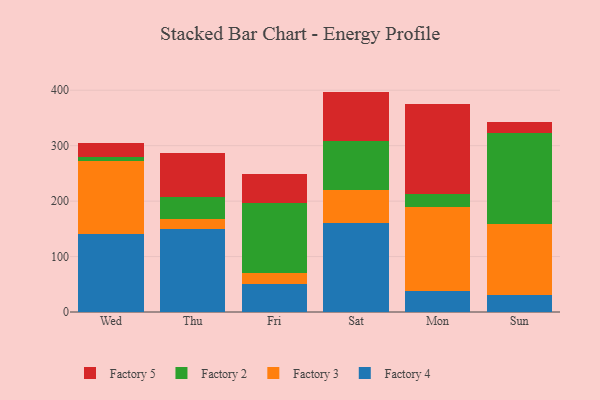
{"axis": {"x": "Day", "y": "Energy Usage (MWh)"}, "legend": ["Factory 2", "Factory 3", "Factory 4", "Factory 5"], "data": [{"x": "Wed", "y": 141.3, "type": "Factory 4"}, {"x": "Wed", "y": 130.6, "type": "Factory 3"}, {"x": "Wed", "y": 7.3, "type": "Factory 2"}, {"x": "Wed", "y": 25.6, "type": "Factory 5"}, {"x": "Thu", "y": 148.9, "type": "Factory 4"}, {"x": "Thu", "y": 19.5, "type": "Factory 3"}, {"x": "Thu", "y": 38.7, "type": "Factory 2"}, {"x": "Thu", "y": 79.6, "type": "Factory 5"}, {"x": "Fri", "y": 51.3, "type": "Factory 4"}, {"x": "Fri", "y": 19.9, "type": "Factory 3"}, {"x": "Fri", "y": 126.1, "type": "Factory 2"}, {"x": "Fri", "y": 51.0, "type": "Factory 5"}, {"x": "Sat", "y": 159.8, "type": "Factory 4"}, {"x": "Sat", "y": 59.8, "type": "Factory 3"}, {"x": "Sat", "y": 89.2, "type": "Factory 2"}, {"x": "Sat", "y": 88.7, "type": "Factory 5"}, {"x": "Mon", "y": 38.0, "type": "Factory 4"}, {"x": "Mon", "y": 151.4, "type": "Factory 3"}, {"x": "Mon", "y": 24.1, "type": "Factory 2"}, {"x": "Mon", "y": 161.1, "type": "Factory 5"}, {"x": "Sun", "y": 30.3, "type": "Factory 4"}, {"x": "Sun", "y": 128.7, "type": "Factory 3"}, {"x": "Sun", "y": 163.3, "type": "Factory 2"}, {"x": "Sun", "y": 19.8, "type": "Factory 5"}]}